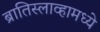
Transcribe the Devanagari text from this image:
ब्रातिस्लाव्हामध्ये